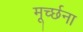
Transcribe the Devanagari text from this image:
मूर्च्छना